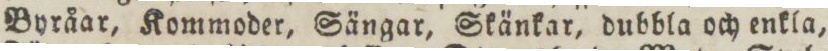
Byråar, Kommoder, Sängar, Skänkar, dubbla och enkla,